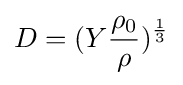
D=(Y{\frac {\rho _{0}}{\rho }})^{\frac {1}{3}}